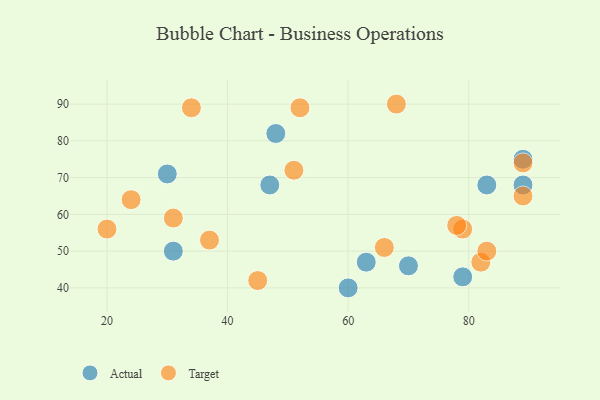
{"axis": {"x": "GDP", "y": "Life Expectancy"}, "legend": ["Actual", "Target"], "data": [{"x": "63", "y": 47, "type": "Actual"}, {"x": "60", "y": 40, "type": "Actual"}, {"x": "48", "y": 82, "type": "Actual"}, {"x": "47", "y": 68, "type": "Actual"}, {"x": "89", "y": 75, "type": "Actual"}, {"x": "83", "y": 68, "type": "Actual"}, {"x": "31", "y": 50, "type": "Actual"}, {"x": "70", "y": 46, "type": "Actual"}, {"x": "89", "y": 68, "type": "Actual"}, {"x": "30", "y": 71, "type": "Actual"}, {"x": "79", "y": 43, "type": "Actual"}, {"x": "79", "y": 56, "type": "Target"}, {"x": "52", "y": 89, "type": "Target"}, {"x": "37", "y": 53, "type": "Target"}, {"x": "82", "y": 47, "type": "Target"}, {"x": "24", "y": 64, "type": "Target"}, {"x": "51", "y": 72, "type": "Target"}, {"x": "31", "y": 59, "type": "Target"}, {"x": "20", "y": 56, "type": "Target"}, {"x": "78", "y": 57, "type": "Target"}, {"x": "45", "y": 42, "type": "Target"}, {"x": "89", "y": 74, "type": "Target"}, {"x": "83", "y": 50, "type": "Target"}, {"x": "34", "y": 89, "type": "Target"}, {"x": "68", "y": 90, "type": "Target"}, {"x": "89", "y": 65, "type": "Target"}, {"x": "66", "y": 51, "type": "Target"}]}